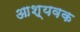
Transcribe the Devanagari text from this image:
आश्यवक